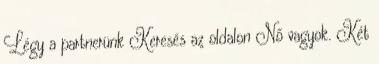
Légy a partnerünk Keresés az oldalon Nő vagyok. Két